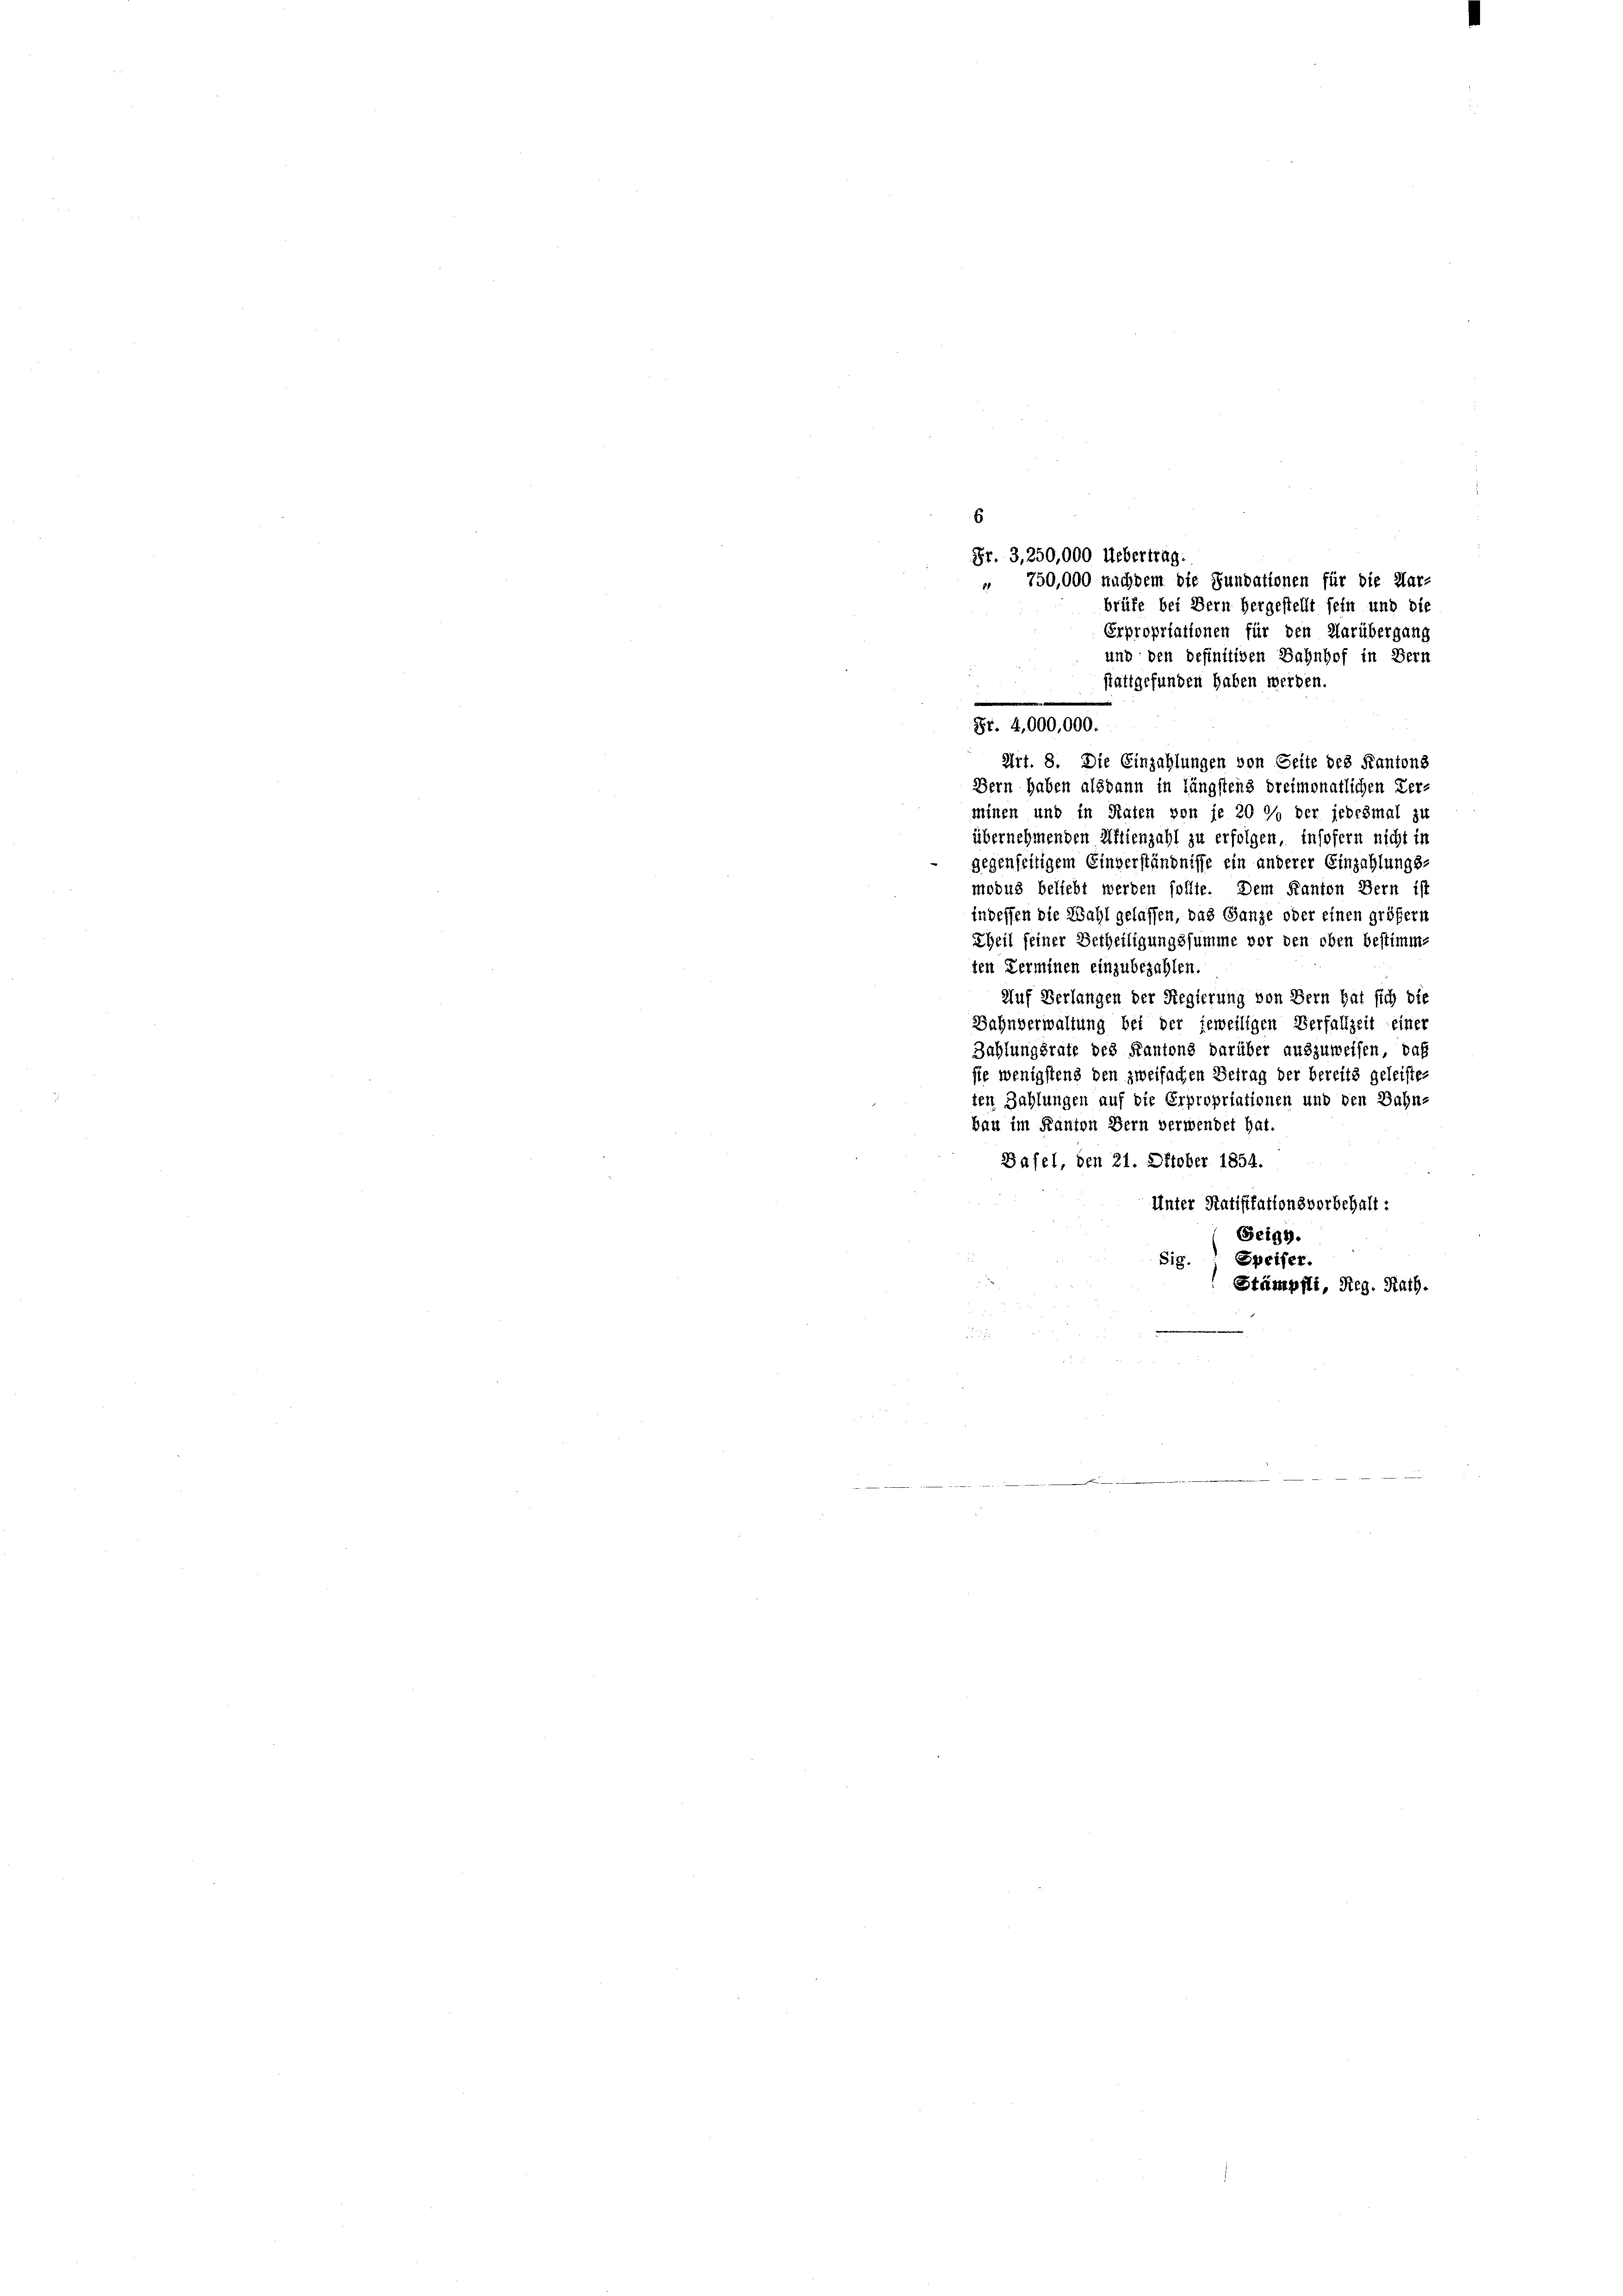
6
Fr. 3, 250,000 Uebertrag.
" 750,000 nachdem die Fundationen für die Mar-
Art. 8. Die Einzahlungen von Seite des Kantons
Bern haben alsdann in längstens dreimonatlichen Ver-
minen und in Stafen von je 20 % der jedesmal zu
übernehmenden Aktienzahl zu erfolgen, insofern nicht in
gegenseitigem Einverständnisse ein anderer Einzahlungs
modus beliebt werden sollte. Dem Kanton Bern ist
indessen die Wahl gelassen, das Ganze oder einen größern
Theil seiner Betheiligungssumme vor den oben bestimm-
ten Terminen einzubezahlen.
Auf Verlangen der Regierung von Bern hat sich die
Bahnverwaltung bei der jeweiligen Verfallzeit einer
Zahlungsrate des Kantons darüber auszuweisen, daß
sie wenigstens den zweifachen Betrag der bereits geleisten
ten Zahlungen auf die Erpropriationen und den Bahn-
bau im Kanton Bern verwendet hat
Basel, den 21. Oktober 1854.
Unter Ratifikationsvorbehalt:
Seigb.
Speiser.
Sig.
Stämpfli, Reg. Rath.

brüfe bei Bern hergestellt sein und die
Erpropriationen für den Darübergang
und den definitiven Bahnhof in Bern
stattgefunden haben werden.
St. 4,000,000.